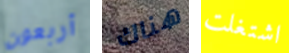
أربعون هناك اشتغلت